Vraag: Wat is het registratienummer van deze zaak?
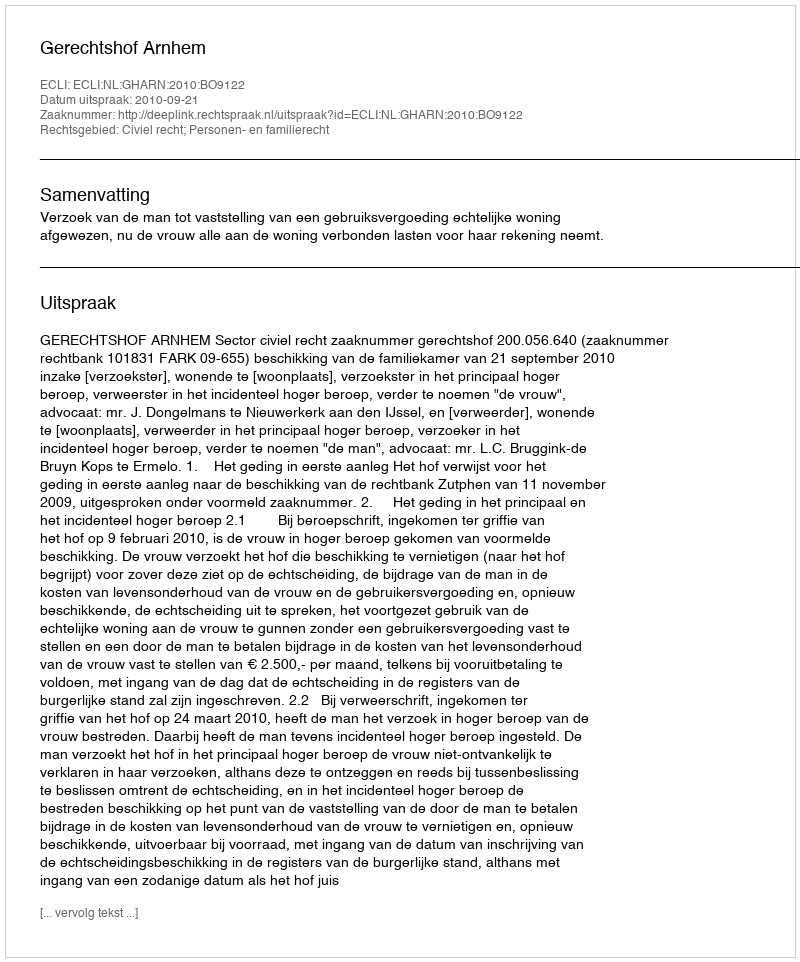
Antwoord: http://deeplink.rechtspraak.nl/uitspraak?id=ECLI:NL:GHARN:2010:BO9122